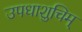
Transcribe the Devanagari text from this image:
उपधाशुचिम्